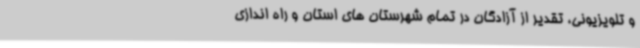
و تلویزیونی، تقدیر از آزادگان در تمام شهرستان های استان و راه اندازی